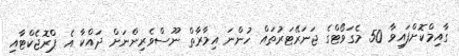
ގާއިމްކޮށްފައިވާ 50 މެގަވޯޓްގެ ޖަނަރޭޓަރުތައް ހުންނަ އިމާރާތް ނޫސްވެރިންނަށް ދައްކާ އެ ޕްރޮޖެކްޓާއި